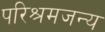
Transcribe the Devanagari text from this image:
परिश्रमजन्य